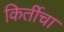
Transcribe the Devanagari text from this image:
किर्तीचा